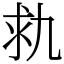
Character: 㐜